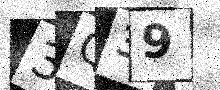
Text: 3Q39